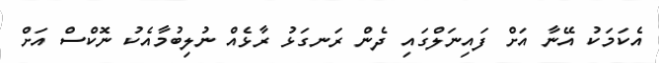
އެކަމަކު އޭނާ އަށް ފައިނަލްގައި ދެން ރަނގަޅު ރާޅެއް ނުލިބުމާއެކު ނޮކްސް އަށް